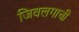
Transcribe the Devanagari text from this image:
जिवलगाची